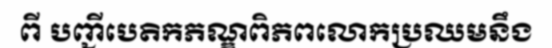
ពី បញ្ជីបេតិកភណ្ឌពិភពលោកប្រឈមនឹង